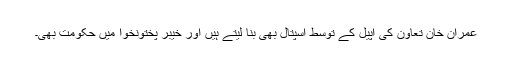
عمران خان تعاون کی اپیل کے توسط اسپتال بھی بنا لیتے ہیں اور خیبر پختونخوا میں حکومت بھی۔